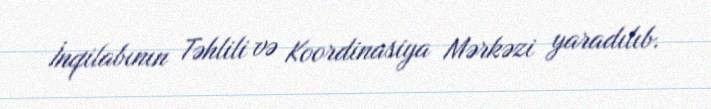
İnqilabının Təhlili və Koordinasiya Mərkəzi yaradılıb.